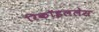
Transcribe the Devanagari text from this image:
रिकॉइललेस